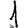
Digit: 1